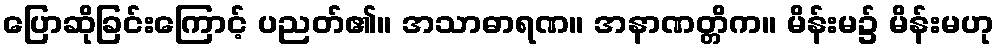
ပြောဆိုခြင်းကြောင့် ပညတ်၏။ အသာဓာရဏ။ အနာဏတ္တိက။ မိန်းမ၌ မိန်းမဟု